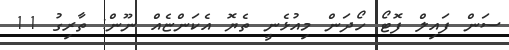
ސަން ފައިލް ފޮޓޯ ހޯދަން މިއުޅެނީ ތެޔޮ އެކަންޏެއް ނޫން: ތާރިގު 11